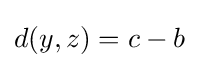
d(y,z)=c-b